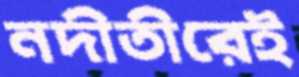
নদীতীরেই